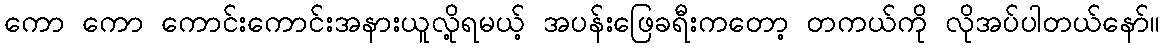
ကော ကော ကောင်းကောင်းအနားယူလို့ရမယ့် အပန်းဖြေခရီးကတော့ တကယ်ကို လိုအပ်ပါတယ်နော်။